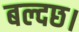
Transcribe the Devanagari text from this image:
बल्दछ।